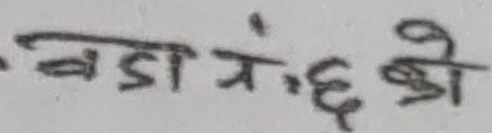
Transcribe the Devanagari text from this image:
बडा नं. ६ को